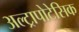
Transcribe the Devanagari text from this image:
अल्ट्रापोटेसिक